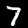
Digit: 7